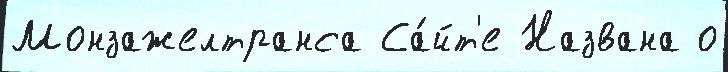
Монзажелтранса Са́йт'е Названа о